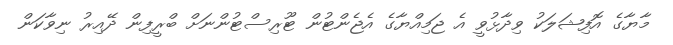
މާޔާގެ އޮފިޝަލަކު ވިދާޅުވީ އެ ޖަމިއްޔާގެ އެޖެންޓުން ޓޫރިސްޓުންނަށް ބްރީފިން ދޭއިރު ނިވާކަން